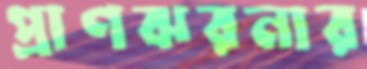
প্রাণঝরনার